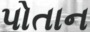
પોતાન